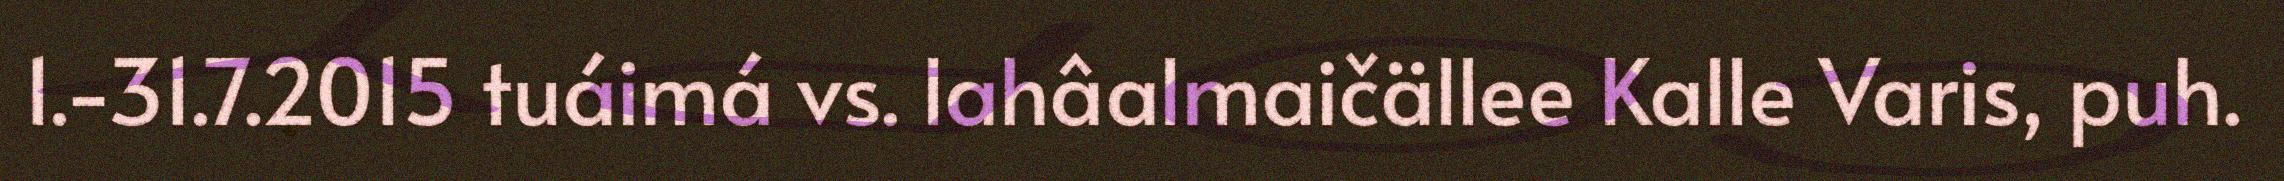
1.-31.7.2015 tuáimá vs. lahâalmaičällee Kalle Varis, puh.